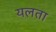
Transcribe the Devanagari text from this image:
यलता